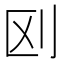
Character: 𠛅